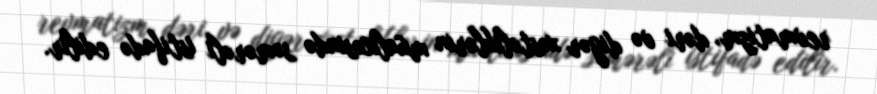
revmatizm, dəri və digər xəstəliklərin müalicəsində səmərəli istifadə edilir.